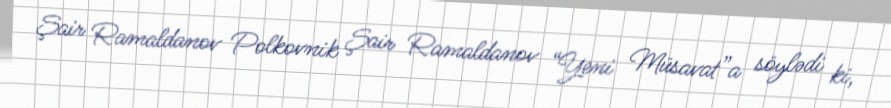
Şair Ramaldanov Polkovnik Şair Ramaldanov “Yeni Müsavat”a söylədi ki,